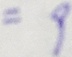
= 9